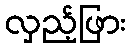
လှည့်ဖြား